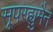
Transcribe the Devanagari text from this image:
सूपरह्युमैन